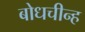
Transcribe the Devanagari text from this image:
बोधचीन्ह